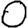
Digit: 0